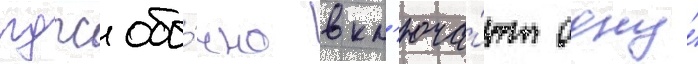
лдпс обы́чно вкл'юча́ют одну́